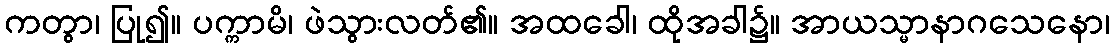
ကတွာ၊ ပြု၍။ ပက္ကာမိ၊ ဖဲသွားလတ်၏။ အထခေါ၊ ထိုအခါ၌။ အာယသ္မာနာဂသေနော၊